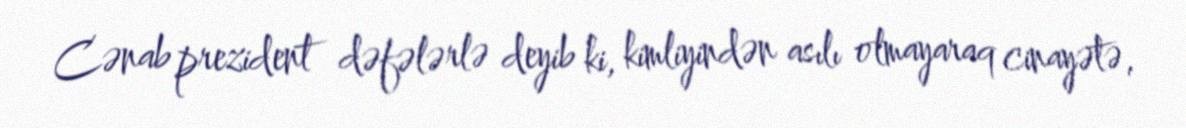
Cənab prezident dəfələrlə deyib ki, kimliyindən asılı olmayaraq cinayətə,